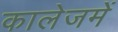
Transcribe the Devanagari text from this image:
कालेजमें